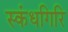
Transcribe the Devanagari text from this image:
स्‍कंधगिरि